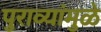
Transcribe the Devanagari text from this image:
पुराव्यांमुळे